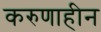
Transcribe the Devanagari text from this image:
करुणाहीन